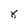
Character: 8